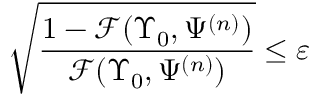
\sqrt { \frac { 1 - \mathcal { F } ( \Upsilon _ { 0 } , \Psi ^ { ( n ) } ) } { \mathcal { F } ( \Upsilon _ { 0 } , \Psi ^ { ( n ) } ) } } \leq \varepsilon